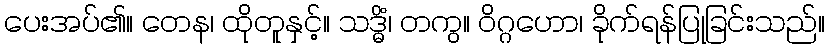
ပေးအပ်၏။ တေန၊ ထိုတူနှင့်။ သဒ္ဓိံ၊ တကွ။ ဝိဂ္ဂဟော၊ ခိုက်ရန်ပြုခြင်းသည်။